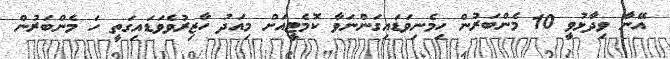
އޭނާ ވިދާޅުވީ 10 މެންބަރުން ހިމެނިވަޑައިގަންނަވާ ކޮމެޓީއަށް މިއަދު ހާޒިރުވެވަޑައިގަތީ ހަ މެންބަރުން